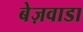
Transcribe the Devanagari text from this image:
बेज़वाडा